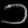
Digit: ၁